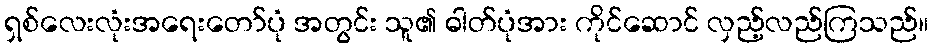
ရှစ်လေးလုံးအရေးတော်ပုံ အတွင်း သူ၏ ဓါတ်ပုံအား ကိုင်ဆောင် လှည့်လည်ကြသည်။